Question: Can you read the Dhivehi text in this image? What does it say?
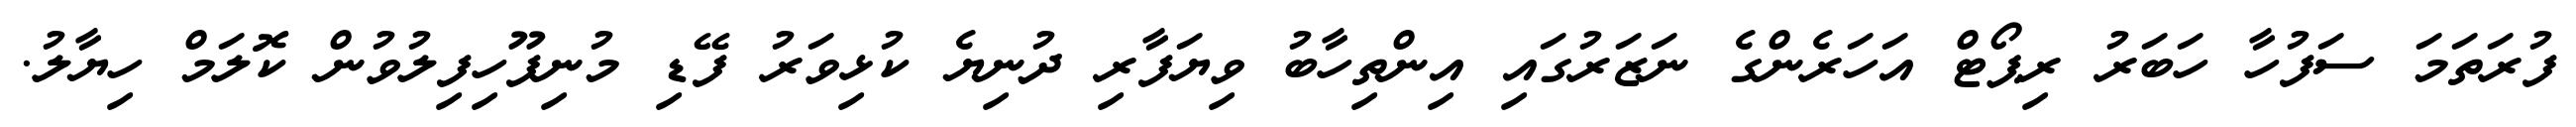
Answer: ފުރަތަމަ ސަފުހާ ހަބަރު ރިޕޯޓް އަހަރެންގެ ނަޒަރުގައި އިންތިހާބު ވިޔަފާރި ދުނިޔެ ކުޅިވަރު ފޭޑި މުނިފޫހިފިލުވުން ކޮލަމް ހިޔާލު.